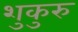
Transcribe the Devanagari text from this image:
शुकुरु